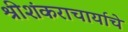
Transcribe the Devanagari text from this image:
श्रीशंकराचार्याचे